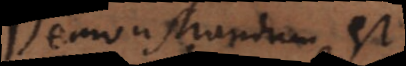
Demonstrandum est